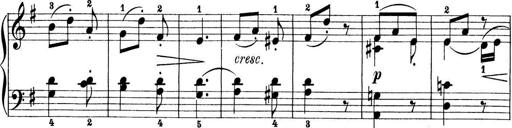
Title: Preis-Sonatine
Composer: Ernst James Bremner